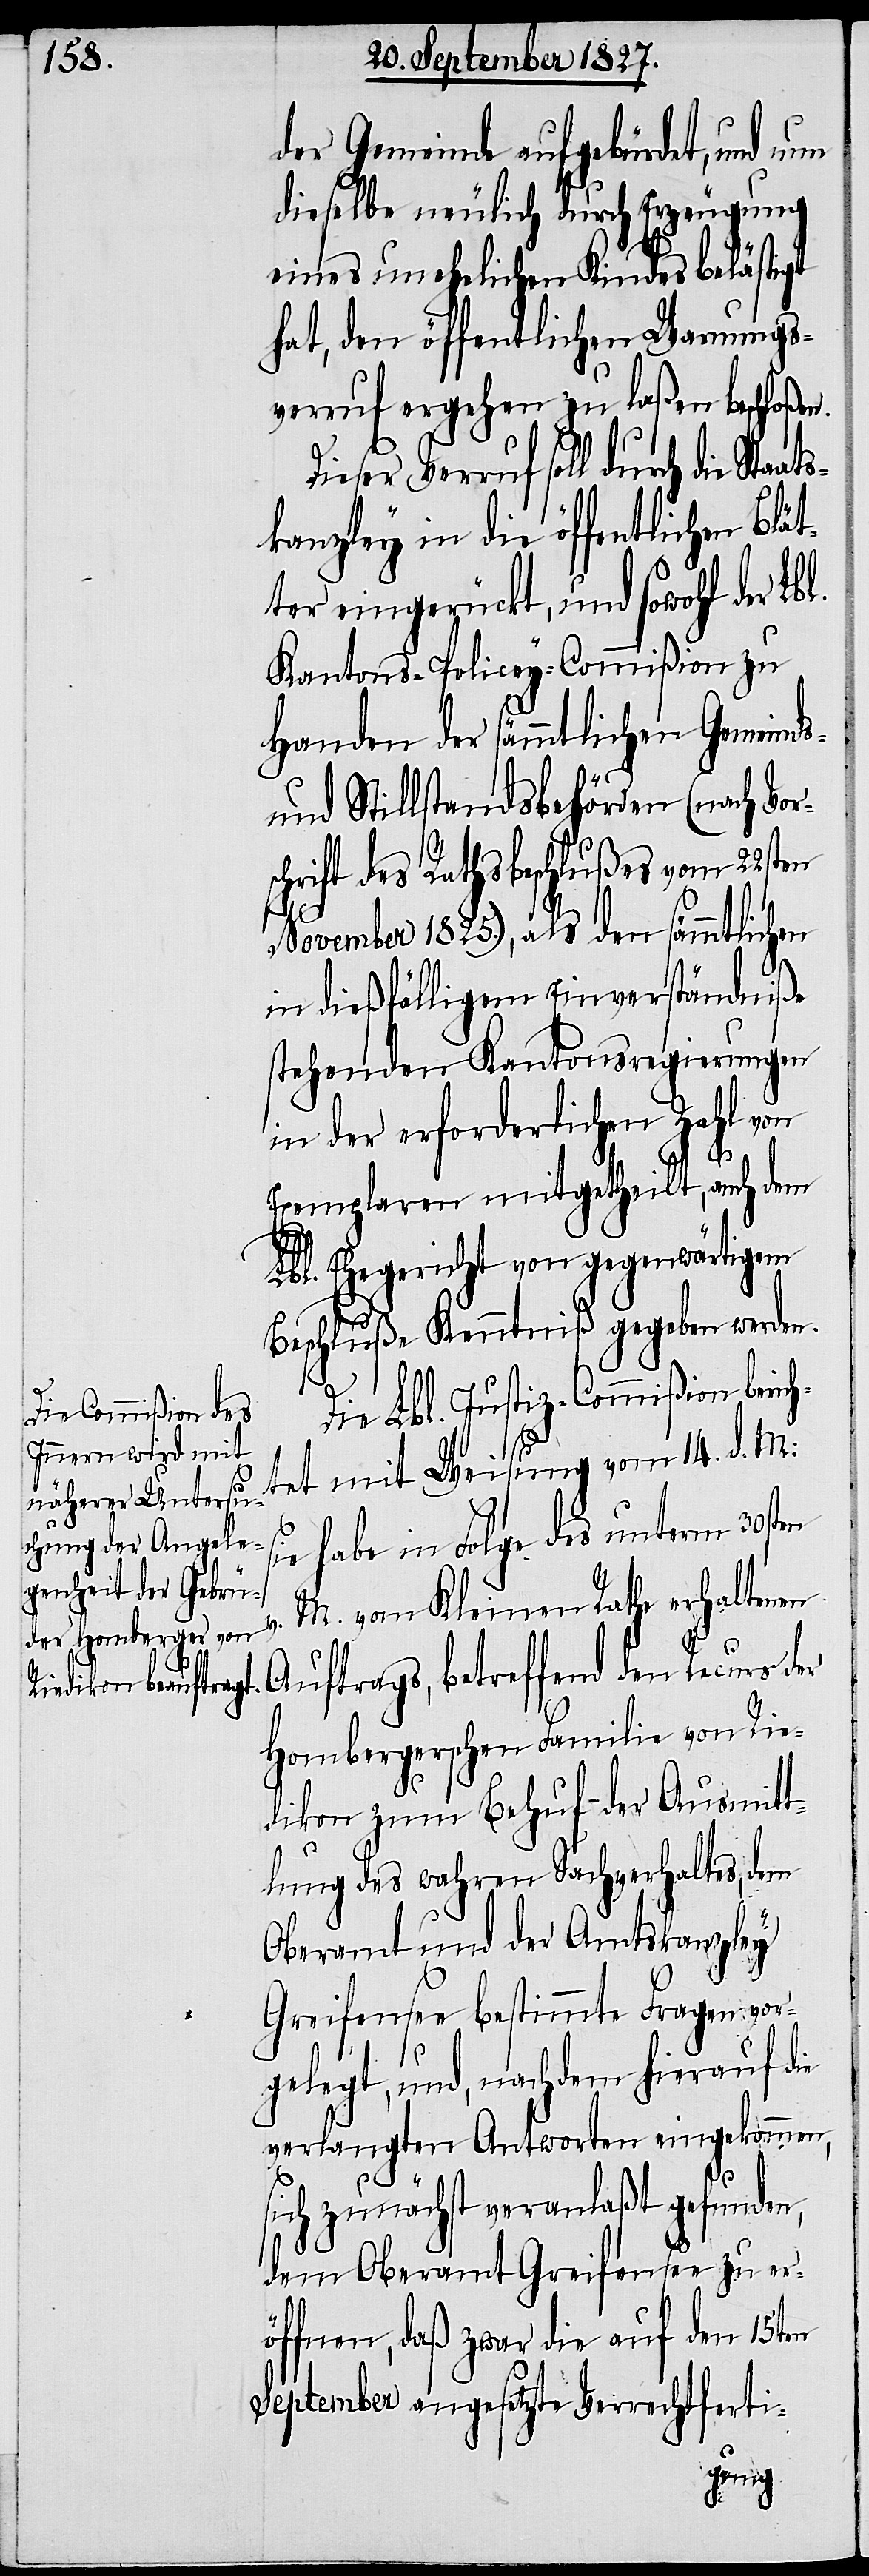
der Gemeinde aufgebürdet, und nun
dieselbe neulich durch Erzeugung
eines unehelichen Kindes belästigt
hat, den öffentlichen Warnungs¬
verruf ergehen zu laßen beschloßen.
Dieser Verruf soll durch die Staa¬
kanzley in die öffentlichen Blät¬
ter eingerückt, und sowohl der Lb¬
Kantons-Policey-Commißion zu
Handen der sämmtlichen Gemeinds-
und Stillstandsbehörden (nach Vors¬
chrift des Rathsbeschlußes vom 22sten
November 1825.), als den sämmtlichen
in dießfälligem Einverständniße
stehenden Kantonsregierungen
in der erforderlichen Zahl von
Exemplaren mitgetheilt, auch dem
Lbl. Ehegericht von gegenwärtigem
Beschluße Kenntniß gegeben werden.
ie Lbl. Justiz-Commißion ber¬
tet mit Weisung vom 14. d. M:
sie habe in Folge des unterm 30sten
M. vom Kleinen Rathe erhalten¬
en Auftrags, betreffend den Recurs der
Hombergerschen Familie von Rie¬
dikon zum Behuf der Ausmitt¬
lung des wahren Sachverhaltes, dem
Oberamt und der Amtskanzley
Greifensee bestimmte Fragen vor¬
gelegt, und, nachdem hierauf die
verlangten Antworten eingekommen,
ich¬
sich zunächst veranlaßt gefunden,
dem Oberamt Greifensee zu er¬
öffnen, daß zwar die auf den 15ten
September angesetzte Verrechtferti-
v.